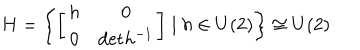
H = \left\{ \left[ \begin{array} { c c } { { h } } & { { 0 } } \\ { { 0 } } & { { \mathrm { d e t } h ^ { - 1 } } } \\ \end{array} \right] \mid { h } \in { U } ( 2 ) \right\} \cong U ( 2 )